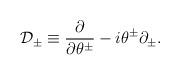
LaTeX: \begin{align*}\mathcal{D}_{\pm }\equiv \frac{\partial }{\partial \theta ^{\pm }}-i\theta^{\pm }\partial _{\pm }. \end{align*}